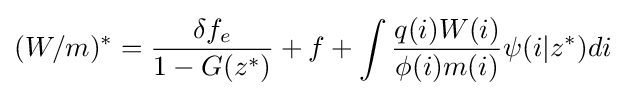
(W/m)^{*}={\frac {\delta f_{e}}{1-G(z^{*})}}+f+\int {\frac {q(i)W(i)}{\phi (i)m(i)}}\psi (i|z^{*})di